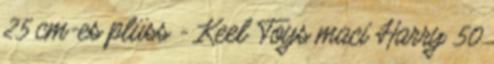
25 cm-es plüss - Keel Toys maci Harry 50